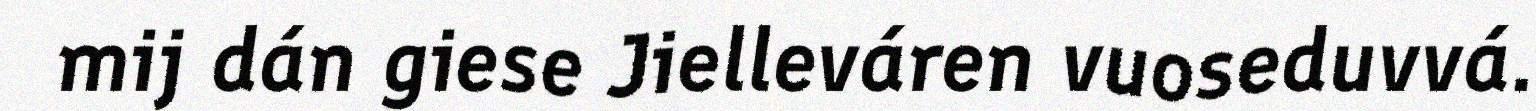
mij dán giese Jielleváren vuoseduvvá.